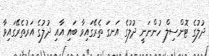
ދުލުގެ ޓޮންސިލް ހުންނަނީ ދުލުގެ އަނގަ ތެރޭގައިވާ ބައި އާއި ދުލުގެ އަރުތެރޭގައިވާ